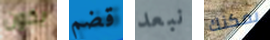
يكون قضم نبعد يمكنك